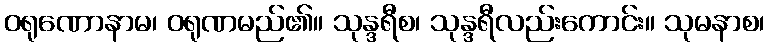
ဝရုဏောနာမ၊ ဝရုဏမည်၏။ သုန္ဒရီစ၊ သုန္ဒရီလည်းကောင်း။ သုမနာစ၊